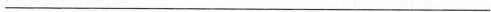
___